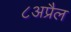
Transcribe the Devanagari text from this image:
८अप्रैल